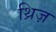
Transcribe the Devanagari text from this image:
थ्रिज़